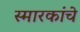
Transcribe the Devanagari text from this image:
स्‍मारकांचे